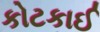
કોટકાઈ